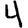
Digit: 4